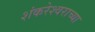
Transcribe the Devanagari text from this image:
शंकरेश्वराच्या